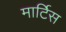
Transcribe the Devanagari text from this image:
मार्टिस